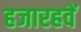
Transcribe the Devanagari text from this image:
हजारहवें